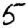
Digit: 5